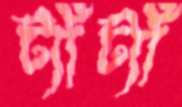
ট্যাঁট্যাঁ